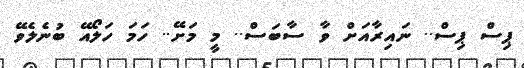
ޕިސް ޕިސް.. ނައިރާއަށް ވާ ސާބަސް.. މީ މަށޭ.. ހަމަ ހަލޯއޭ ބުނެލެވޭ